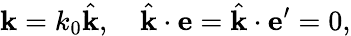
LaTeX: {\mathbf k}=k_{0}\hat{\mathbf k},\quad\hat{\mathbf k}\cdot{\mathbf e}=\hat{\mathbf k}\cdot{\mathbf e^{\prime}}=0,